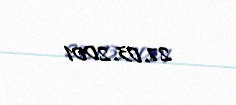
27.03.2001